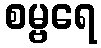
စမ္ဗရေ